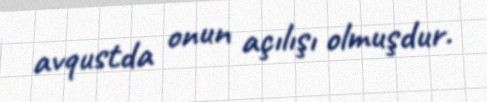
avqustda onun açılışı olmuşdur.